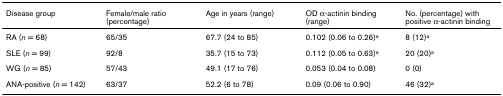
<table><thead><tr><td><b>Disease group</b></td><td><b>Female/male ratio (percentage)</b></td><td><b>Age in years (range)</b></td><td><b>OD α-actinin binding (range)</b></td><td><b>No. (percentage) with positive α-actinin binding</b></td></tr></thead><tbody><tr><td>RA (<i>n </i>= 68)</td><td>65/35</td><td>67.7 (24 to 85)</td><td>0.102 (0.06 to 0.26)<sup>a</sup></td><td>8 (12)<sup>a</sup></td></tr><tr><td>SLE (<i>n </i>= 99)</td><td>92/8</td><td>35.7 (15 to 73)</td><td>0.112 (0.05 to 0.63)<sup>a</sup></td><td>20 (20)<sup>a</sup></td></tr><tr><td>WG (<i>n </i>= 85)</td><td>57/43</td><td>49.1 (17 to 76)</td><td>0.053 (0.04 to 0.08)</td><td>0 (0)</td></tr><tr><td>ANA-positive (<i>n </i>= 142)</td><td>63/37</td><td>52.2 (6 to 78)</td><td>0.09 (0.06 to 0.90)</td><td>46 (32)<sup>a</sup></td></tr></tbody></table>